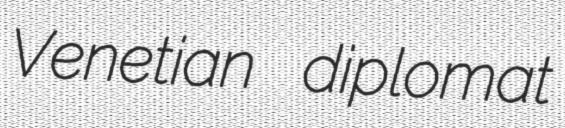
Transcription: Venetian diplomat